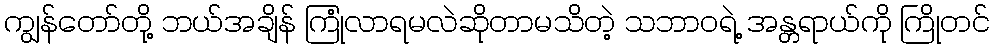
ကျွန်တော်တို့ ဘယ်အချိန် ကြုံလာရမလဲဆိုတာမသိတဲ့ သဘာဝရဲ့ အန္တရာယ်ကို ကြိုတင်